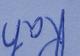
Signature authenticity: genuine